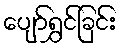
ပျော်ရွှင်ခြင်း